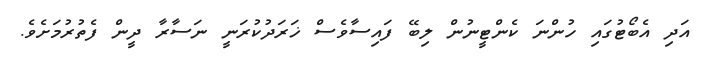
އަދި އެބޯޓުގައި ހުންނަ ކެންޓީނުން ލިބޭ ފައިސާވެސް ޚަރަދުކުރަނީ ނަސާރާ ދީން ފެތުރުމަށެވެ.